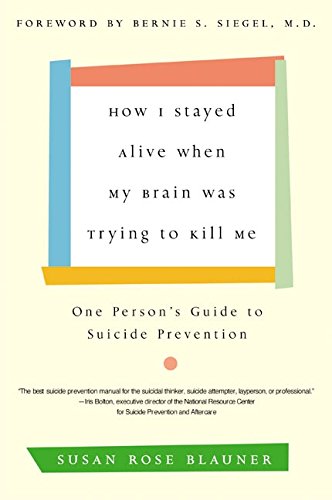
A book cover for How I Stayed Alive When My Brain Was Trying to Kill Me: One Person's Guide to Suicide Prevention; Susan Rose Blauner; Self-Help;